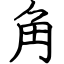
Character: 角